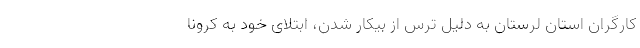
کارگران استان لرستان به دلیل ترس از بیکار شدن، ابتلای خود به کرونا